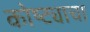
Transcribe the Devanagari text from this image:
कोष्ट्याचा